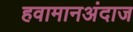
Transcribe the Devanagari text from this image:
हवामानअंदाज